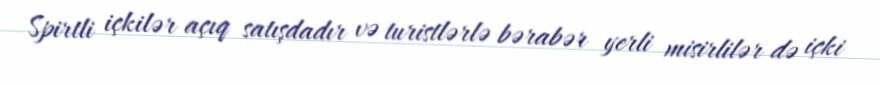
Spirtli içkilər açıq satışdadır və turistlərlə bərabər yerli misirlilər də içki